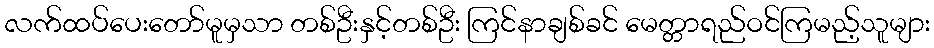
လက်ထပ်ပေးတော်မူမှသာ တစ်ဦးနှင့်တစ်ဦး ကြင်နာချစ်ခင် မေတ္တာရည်ဝင်ကြမည့်သူများ